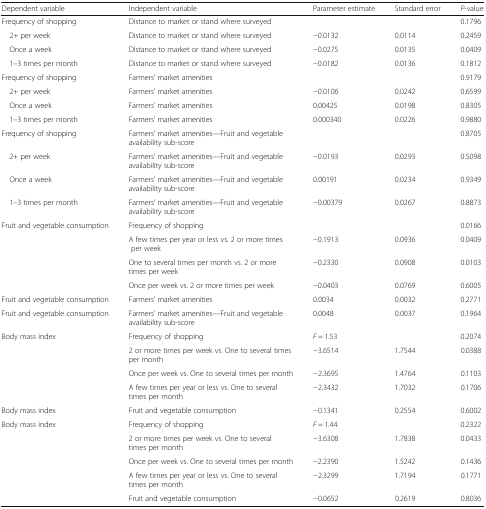
<table><thead><tr><td><b>Dependent variable</b></td><td><b>Independent variable</b></td><td><b>Parameter estimate</b></td><td><b>Standard error</b></td><td><b><i>P</i>-value</b></td></tr></thead><tbody><tr><td>Frequency of shopping</td><td colspan="3">Distance to market or stand where surveyed</td><td>0.1796</td></tr><tr><td> 2+ per week</td><td>Distance to market or stand where surveyed</td><td>−0.0132</td><td>0.0114</td><td>0.2459</td></tr><tr><td> Once a week</td><td>Distance to market or stand where surveyed</td><td>−0.0275</td><td>0.0135</td><td>0.0409</td></tr><tr><td> 1–3 times per month</td><td>Distance to market or stand where surveyed</td><td>−0.0182</td><td>0.0136</td><td>0.1812</td></tr><tr><td>Frequency of shopping</td><td colspan="3">Farmers’ market amenities</td><td>0.9179</td></tr><tr><td> 2+ per week</td><td>Farmers’ market amenities</td><td>−0.0106</td><td>0.0242</td><td>0.6599</td></tr><tr><td> Once a week</td><td>Farmers’ market amenities</td><td>0.00425</td><td>0.0198</td><td>0.8305</td></tr><tr><td> 1–3 times per month</td><td>Farmers’ market amenities</td><td>0.000340</td><td>0.0226</td><td>0.9880</td></tr><tr><td>Frequency of shopping</td><td colspan="3">Farmers’ market amenities—Fruit and vegetable availability sub-score</td><td>0.8705</td></tr><tr><td> 2+ per week</td><td>Farmers’ market amenities—Fruit and vegetable availability sub-score</td><td>−0.0193</td><td>0.0293</td><td>0.5098</td></tr><tr><td> Once a week</td><td>Farmers’ market amenities—Fruit and vegetable availability sub-score</td><td>0.00191</td><td>0.0234</td><td>0.9349</td></tr><tr><td> 1–3 times per month</td><td>Farmers’ market amenities—Fruit and vegetable availability sub-score</td><td>−0.00379</td><td>0.0267</td><td>0.8873</td></tr><tr><td>Fruit and vegetable consumption</td><td>Frequency of shopping</td><td></td><td></td><td>0.0166</td></tr><tr><td></td><td>A few times per year or less vs. 2 or more times per week</td><td>−0.1913</td><td>0.0936</td><td>0.0409</td></tr><tr><td></td><td>One to several times per month vs. 2 or more times per week</td><td>−0.2330</td><td>0.0908</td><td>0.0103</td></tr><tr><td></td><td>Once per week vs. 2 or more times per week</td><td>−0.0403</td><td>0.0769</td><td>0.6005</td></tr><tr><td>Fruit and vegetable consumption</td><td>Farmers’ market amenities</td><td>0.0034</td><td>0.0032</td><td>0.2771</td></tr><tr><td>Fruit and vegetable consumption</td><td>Farmers’ market amenities—Fruit and vegetable availability sub-score</td><td>0.0048</td><td>0.0037</td><td>0.1964</td></tr><tr><td>Body mass index</td><td>Frequency of shopping</td><td><i>F</i> = 1.53</td><td></td><td>0.2074</td></tr><tr><td></td><td>2 or more times per week vs. One to several times per month</td><td>−3.6514</td><td>1.7544</td><td>0.0388</td></tr><tr><td></td><td>Once per week vs. One to several times per month</td><td>−2.3695</td><td>1.4764</td><td>0.1103</td></tr><tr><td></td><td>A few times per year or less vs. One to several times per month</td><td>−2.3432</td><td>1.7032</td><td>0.1706</td></tr><tr><td>Body mass index</td><td>Fruit and vegetable consumption</td><td>−0.1341</td><td>0.2554</td><td>0.6002</td></tr><tr><td>Body mass index</td><td>Frequency of shopping</td><td><i>F</i> = 1.44</td><td></td><td>0.2322</td></tr><tr><td></td><td>2 or more times per week vs. One to several times per month</td><td>−3.6308</td><td>1.7838</td><td>0.0433</td></tr><tr><td></td><td>Once per week vs. One to several times per month</td><td>−2.2390</td><td>1.5242</td><td>0.1436</td></tr><tr><td></td><td>A few times per year or less vs. One to several times per month</td><td>−2.3299</td><td>1.7194</td><td>0.1771</td></tr><tr><td></td><td>Fruit and vegetable consumption</td><td>−0.0652</td><td>0.2619</td><td>0.8036</td></tr></tbody></table>